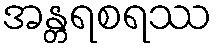
အန္တရစရဿ